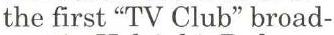
the first "TV Club" broad-